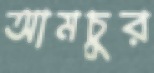
আমচুর